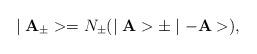
LaTeX: \begin{align*}\mid {\bf A_{\pm}}>=N_{\pm} (\mid {\bf A}> \pm \mid -{\bf A}>),\end{align*}